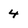
Character: 4